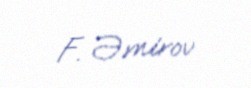
F. Əmirov